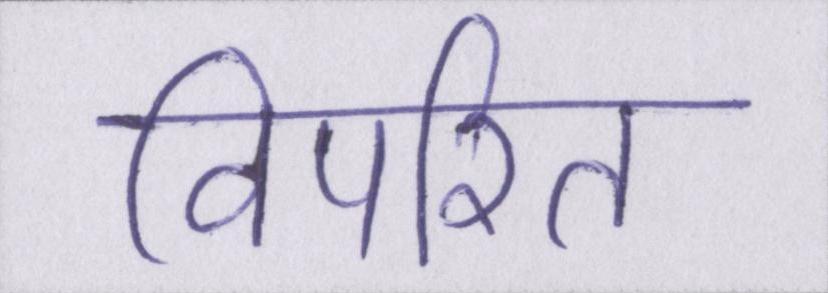
विपरित